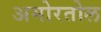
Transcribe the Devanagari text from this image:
अमोरतोल